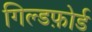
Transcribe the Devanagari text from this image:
गिल्डफ़ोर्ड